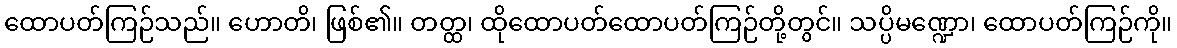
ထောပတ်ကြဉ်သည်။ ဟောတိ၊ ဖြစ်၏။ တတ္ထ၊ ထိုထောပတ်ထောပတ်ကြဉ်တို့တွင်။ သပ္ပိမဏ္ဍော၊ ထောပတ်ကြဉ်ကို။